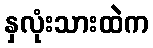
နှလုံးသားထဲက